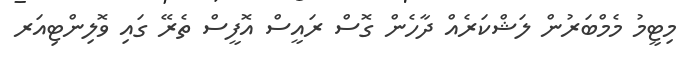
މިޓީމު މެމްބަރުން ލަޝްކަރެއް ދާހެން ގޮސް ރައީސް އޮފީސް ތެރޭ ގައި ވޮލިންޓިއަރ